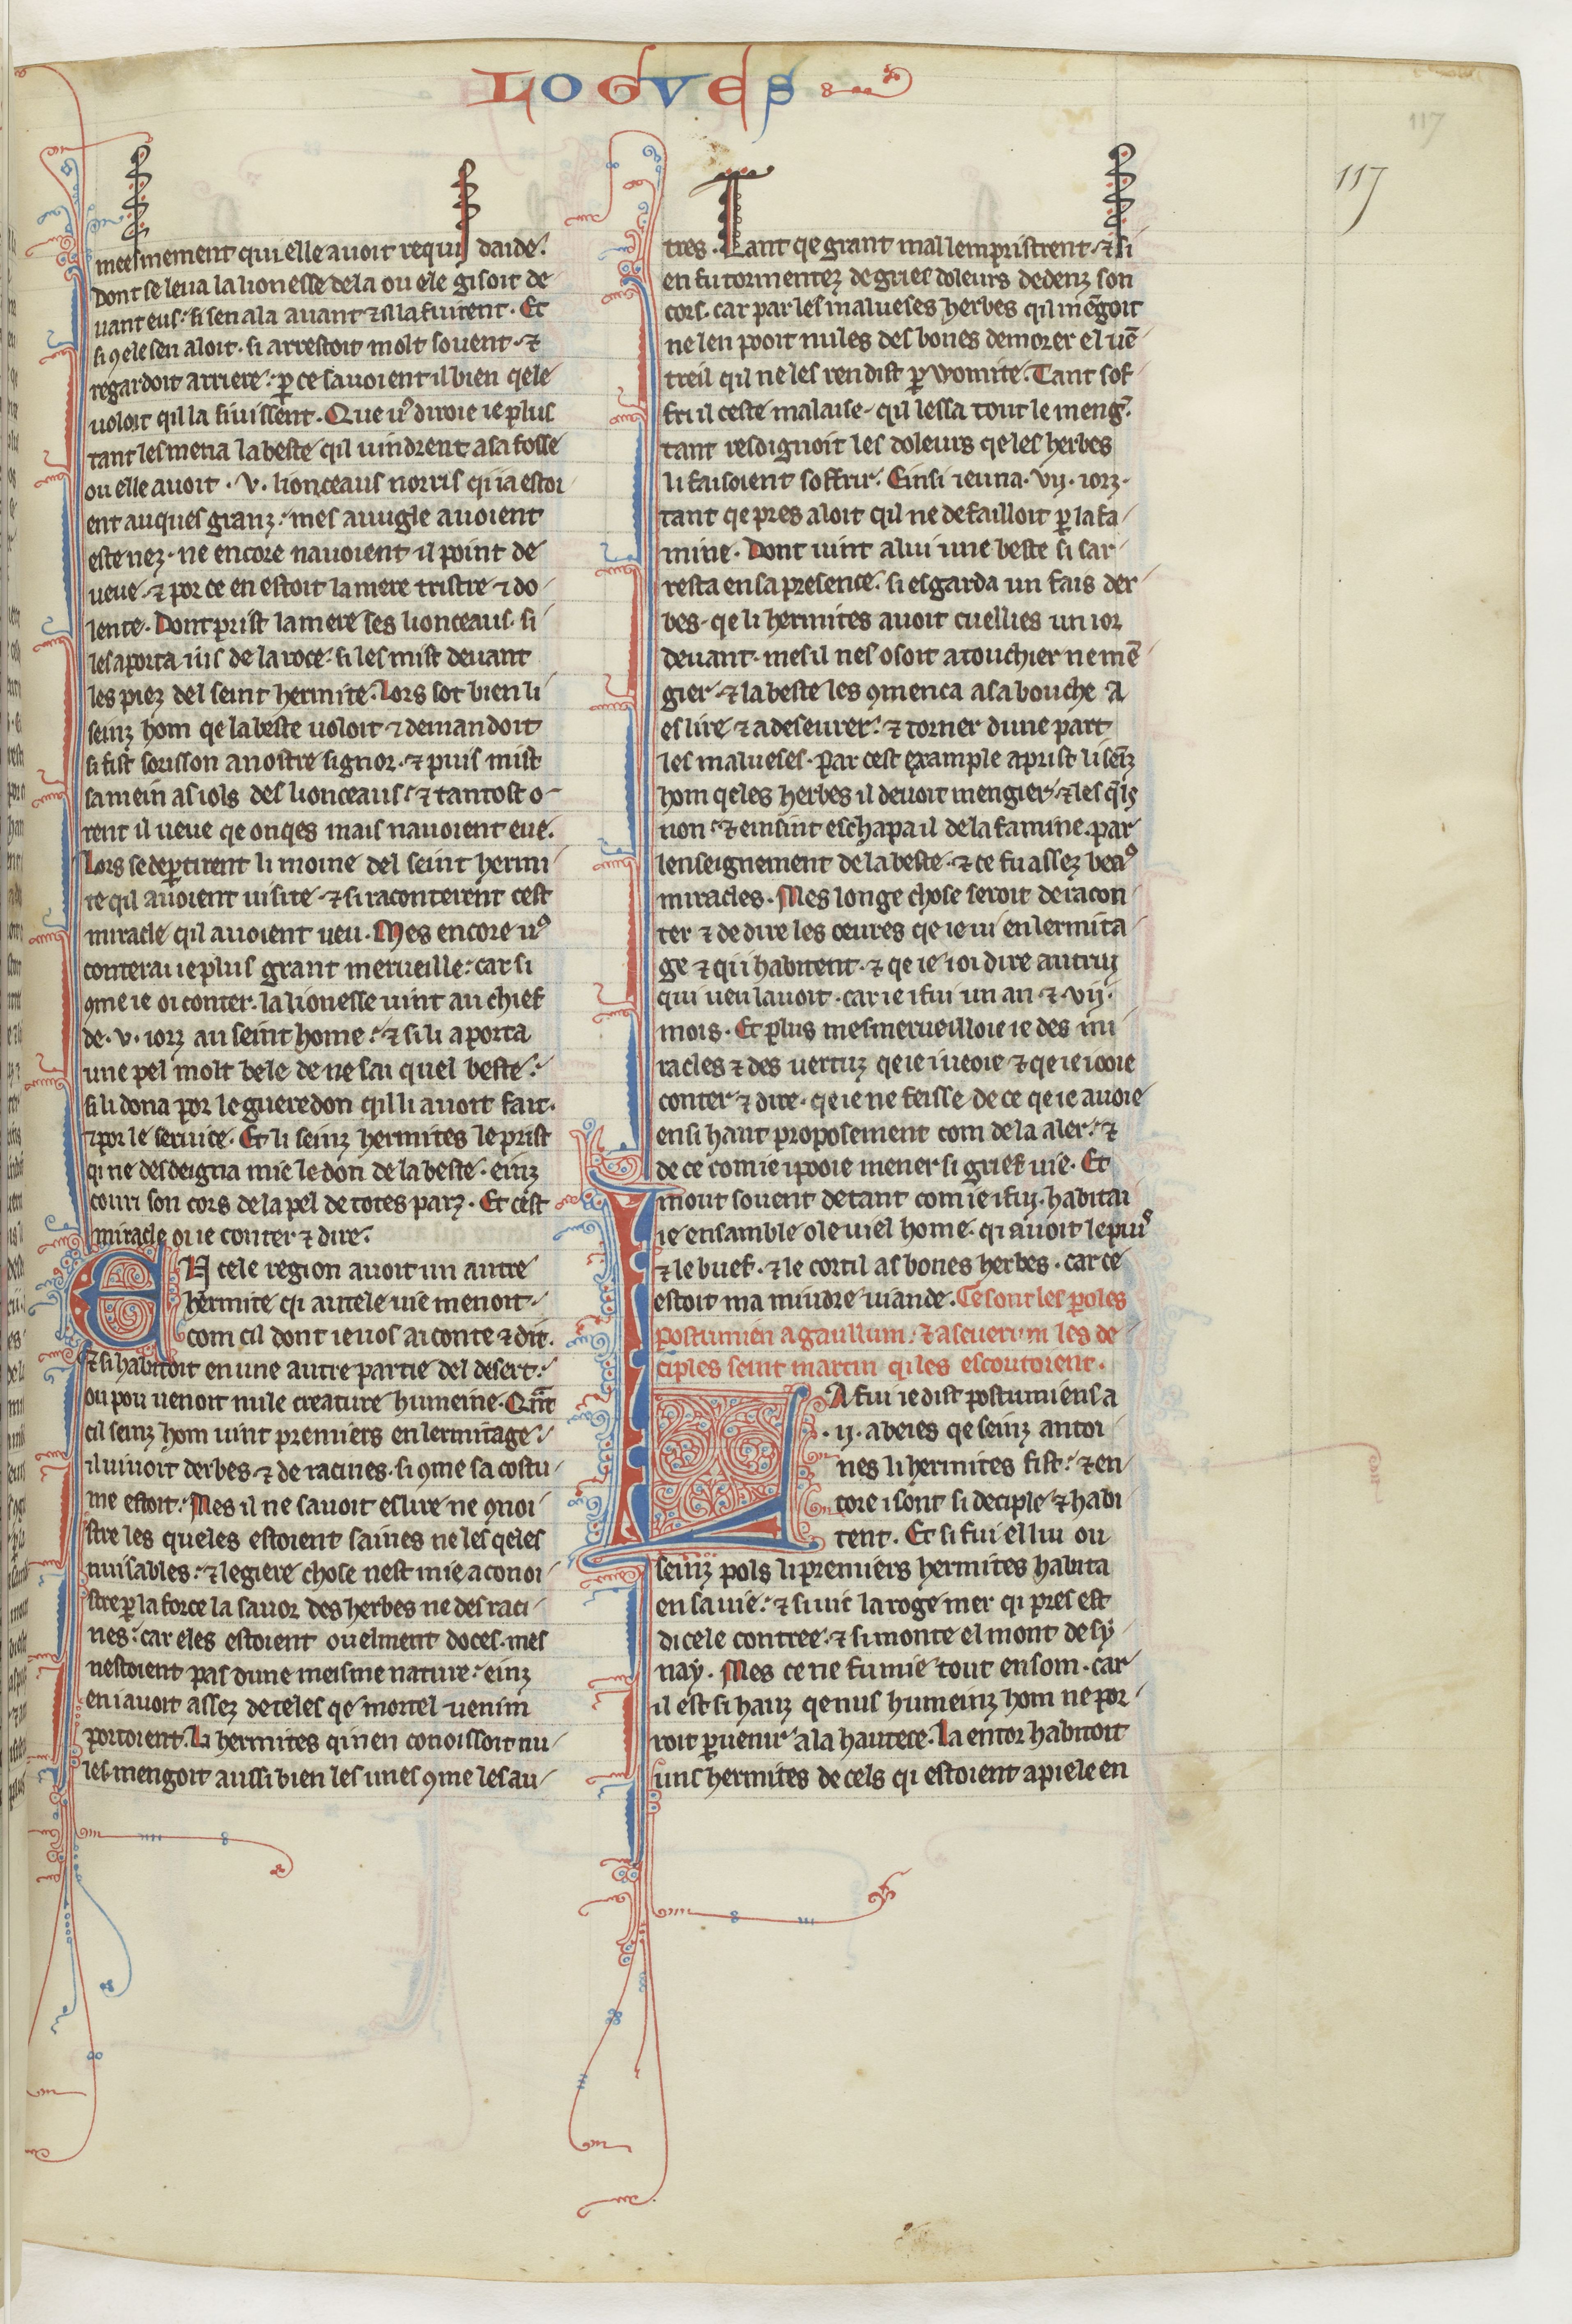
Shelfmark: Paris, BnF, fr. 412
Century: 13